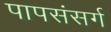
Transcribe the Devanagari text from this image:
पापसंसर्ग